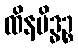
ထိနမိဒ္ဓဉ္စ